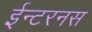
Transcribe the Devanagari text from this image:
ईन्टरनस